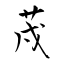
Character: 荗